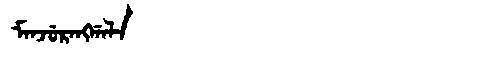
Manchu: ᠮᠠᠨᠵᡠᡵᠠᠩᡤᠠᠯᠠ
Romanization: MANJURANGGALA